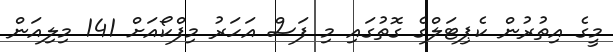
މީގެ އިތުރުން ކެޕިޓަލްގެ ގޮތުގައި މި ފަސް އަހަރު މިފްކޯއަށް 141 މިލިއަން